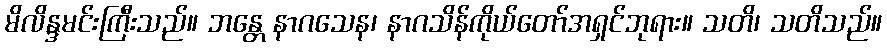
မိလိန္ဒမင်းကြီးသည်။ ဘန္တေ နာဂသေန၊ နာဂသိန်ကိုယ်တော်အရှင်ဘုရား။ သတိ၊ သတိသည်။